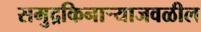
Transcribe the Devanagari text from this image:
समुद्रकिनाऱ्याजवळील